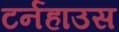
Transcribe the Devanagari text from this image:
टर्नहाउस